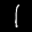
Label: 1